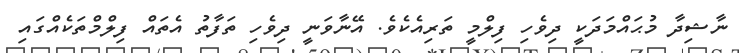
ނާޝިދާ މުޙައްމަދަކީ ދިވެހި ފިލްމީ ތަރިއެކެވެ. އޭނާވަނީ ދިވެހި ތަފާތު އެތައް ފިލްމްތަކެއްގައި